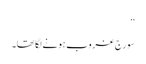
‘‘
سورج غروب ہونے لگا تھا۔